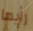
رأيها